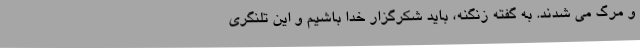
و مرگ می شدند. به گفته زنگنه، باید شکرگزار خدا باشیم و این تلنگری